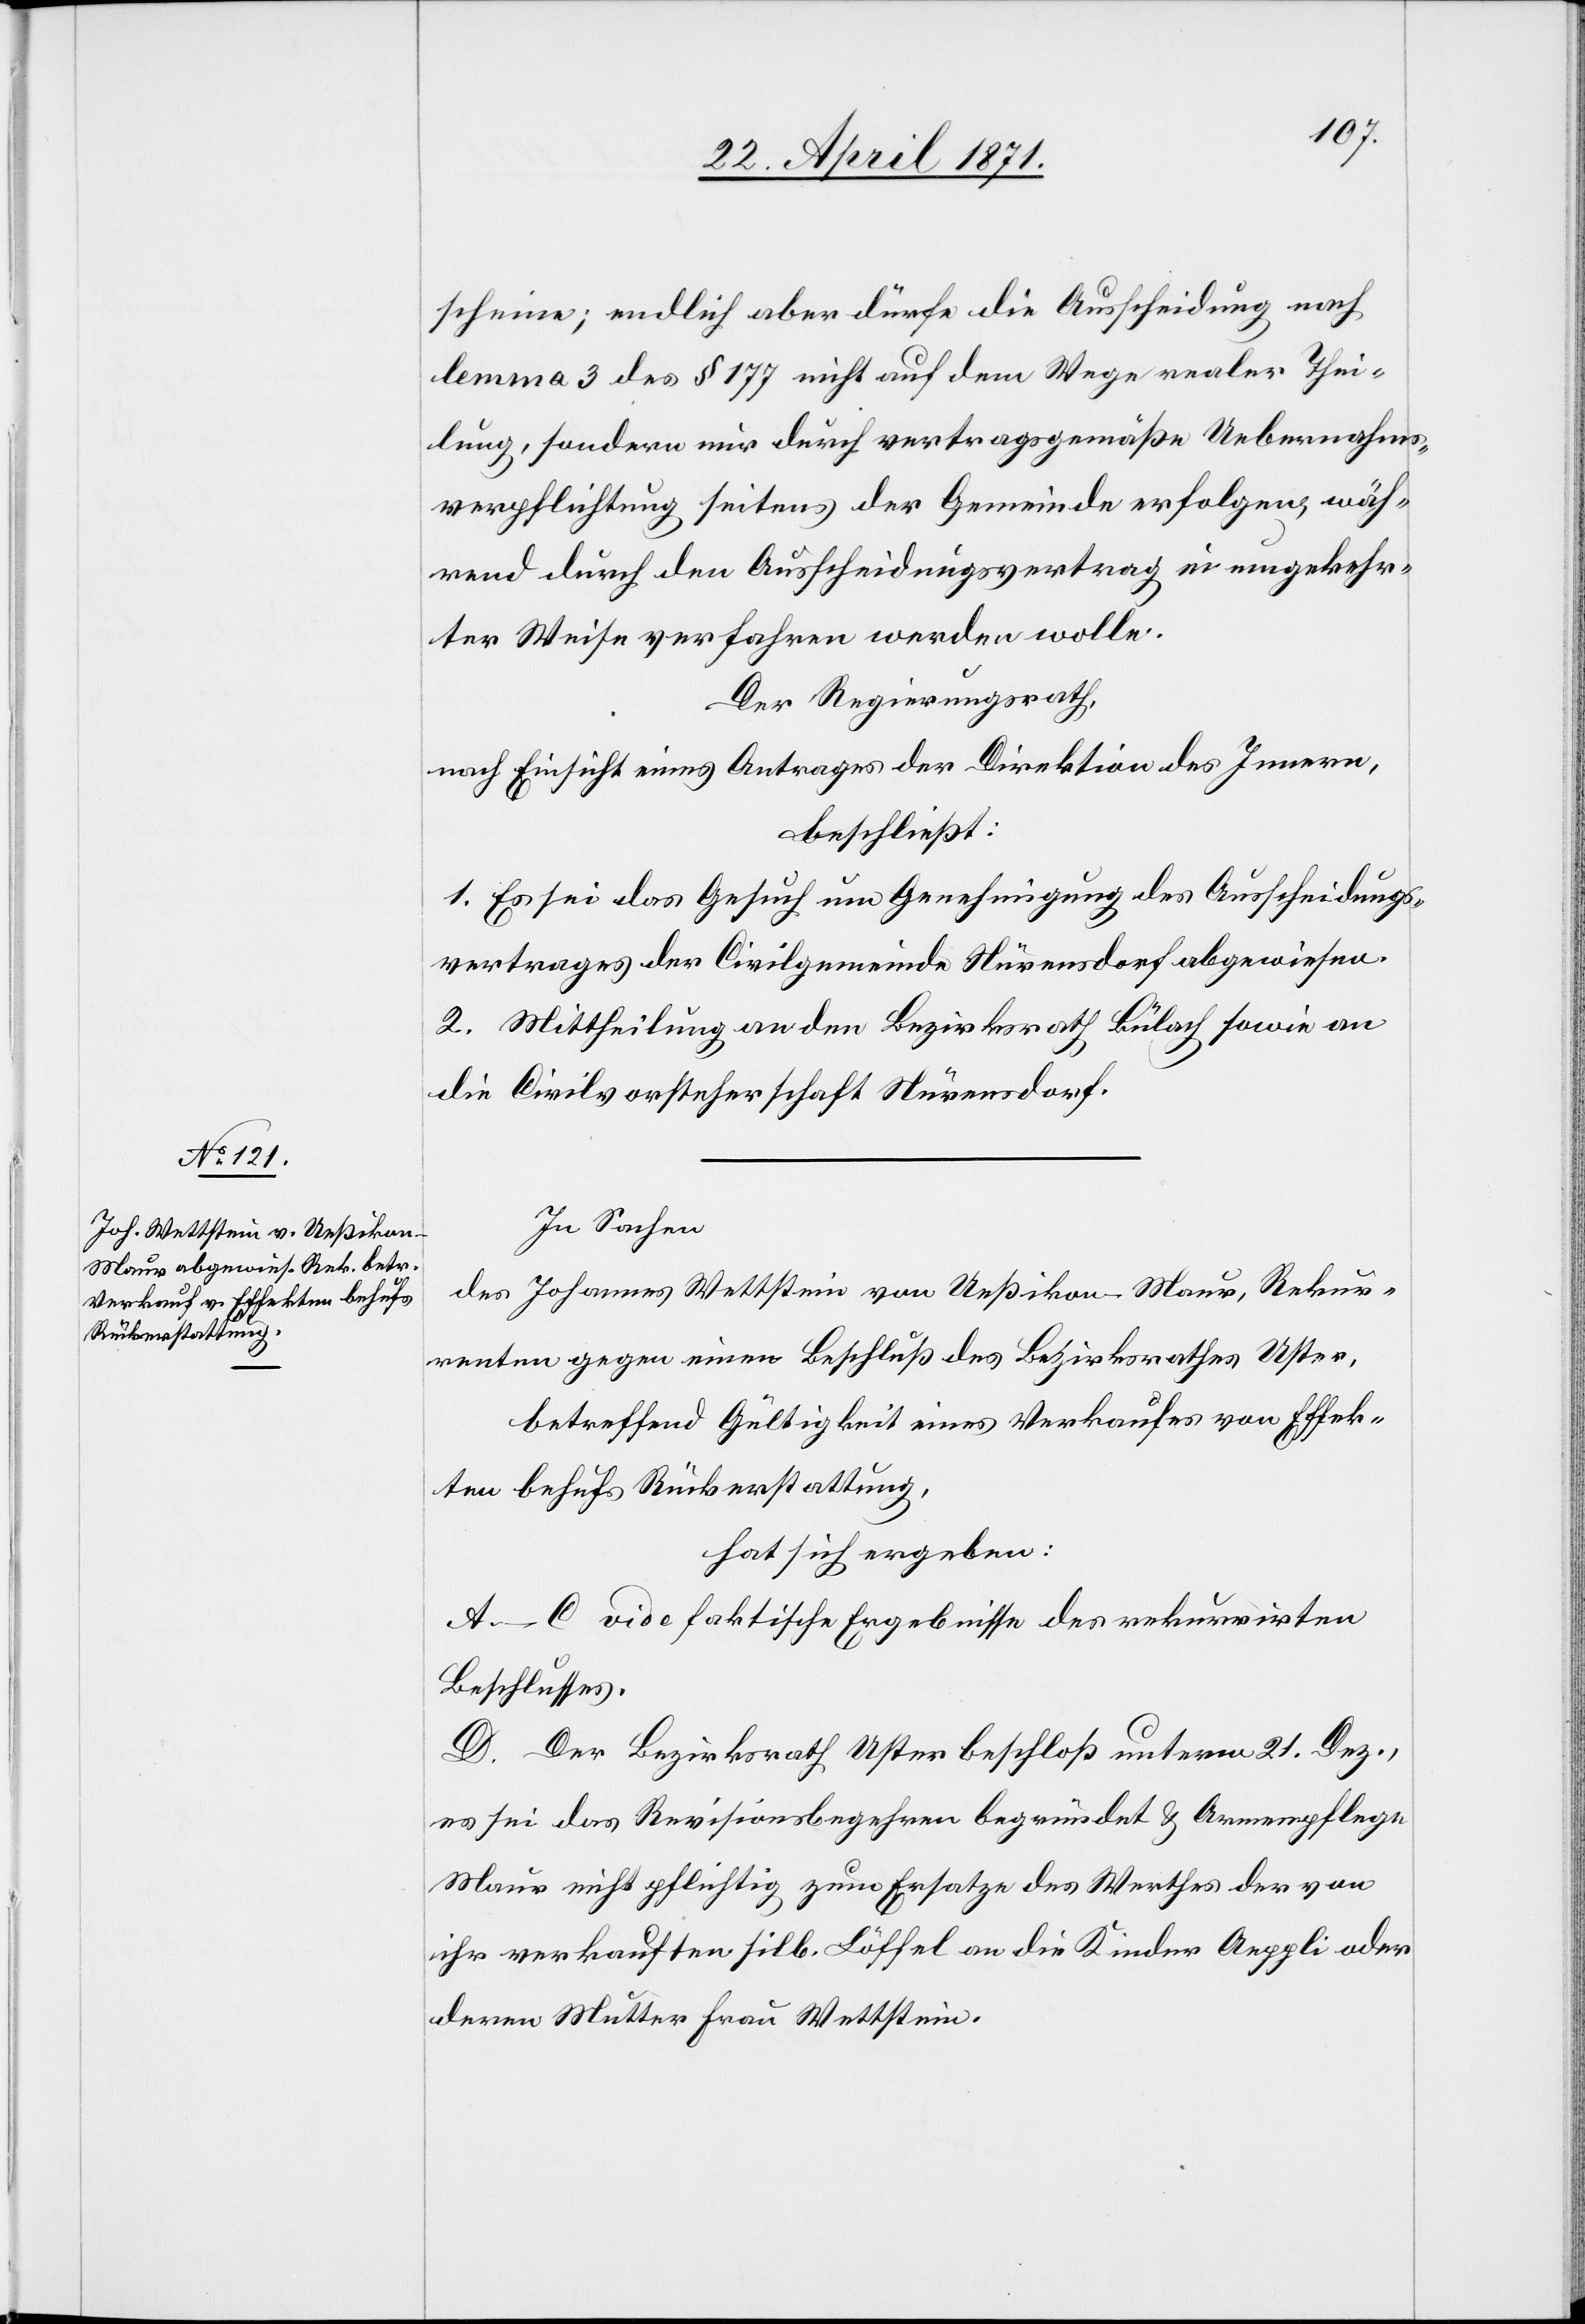
scheine; endlich aber dürfe die Ausscheidung nach
lemma 3 des § 177 nicht auf dem Wege realer Thei¬
lung, sondern nur durch vertragsgemäße Uebernahms¬
verpflichtung seitens der Gemeinde erfolgen, wäh¬
rend durch den Ausscheidungsvertrag in umgekehr¬
ter Weise verfahren werden wolle.
Der Regierungsrath,
nach Einsicht eines Antrages der Direktion des Innern,
beschließt:
1. Es sei das Gesuch um Genehmigung des Ausscheidungs¬
vertrages der Civilgemeinde Nürensdorf abgewiesen.
2. Mittheilung an den Bezirksrath Bülach sowie an
die Civilvorsteherschaft Nürensdorf.
In Sachen
des Johannes Wettstein von Ueßikon-Maur, Rekur¬
renten gegen einen Beschluß des Bezirksrathes Uster,
betreffend Gültigkeit eines Verkaufes von Effek¬
ten behufs Rückerstattung,
hat sich ergeben:
A.–C vide faktische Ergebnisse des rekurrirten
Beschlusses.
D. Der Bezirksrath Uster beschloß unterm 21. Dez.,
es sei das Revisionsbegehren begründet u. Armenpflege
Maur nicht pflichtig zum Ersatze des Werthes der von
ihr verkauften silb. Löffel an die Kinder Aeppli oder
deren Mutter Frau Wettstein.